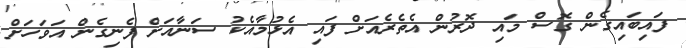
ފައިބައިގެން ގޮސް މައި ދޮރުން އެތެރެއަށް ފައި އެޅުމާއެކު ސަނާއަށް ފެނިގެން އަވަހަށް